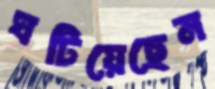
ঘটিয়েছেন